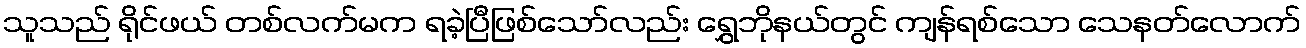
သူသည် ရိုင်ဖယ် တစ်လက်မက ရခဲ့ပြီဖြစ်သော်လည်း ရွှေဘိုနယ်တွင် ကျန်ရစ်သော သေနတ်လောက်